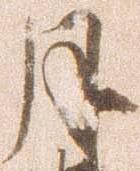
月